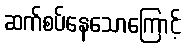
ဆက်စပ်နေသောကြောင့်